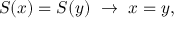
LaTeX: S ( x ) = S ( y ) ~ \to ~ x = y ,